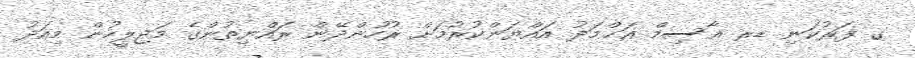
ގ ފަރުކަނި ޑރ ޢާސިމް އަޙްމަދު އައްޔަންކުރުމަށް ރުހުންދޭން ރައްޔިތުންގެ މަޖިލީހުން މިއަދު